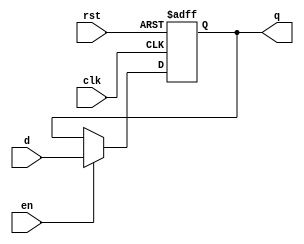
module dff2_dut(d, clk, rst, en, q);
input d, clk, rst, en;
output q;
wire d, clk, rst, en;
reg q;

always@(posedge clk or posedge rst)
begin
    if(rst == 1)
    begin
    q <= 0;
    end
    else
    begin
        if(en == 1)
        begin
            q <= d;
        end
        else
        begin
            q <= q;
        end
    end
end
endmodule